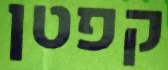
קפטן